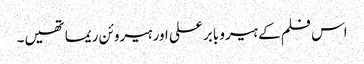
اس فلم کے ہیرو بابر علی اور ہیروئن ریما تھیں۔